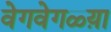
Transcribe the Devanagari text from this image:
वेगवेगळ्य़ा